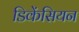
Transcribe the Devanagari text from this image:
डिकेंसियन